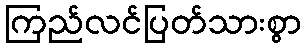
ကြည်လင်ပြတ်သားစွာ